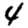
Digit: 4